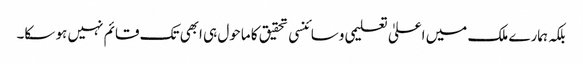
بلکہ ہمارے ملک میں اعلیٰ تعلیمی وسائنسی تحقیق کا ماحول ہی ابھی تک قائم نہیں ہو سکا۔